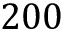
2 0 0